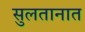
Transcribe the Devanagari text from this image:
सुलतानात